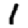
Digit: 1